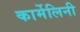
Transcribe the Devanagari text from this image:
कार्मेलिनी